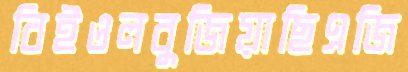
বিইওলবুজিয়াছিএজি